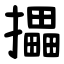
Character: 攂